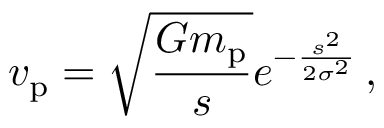
v _ { \mathrm { p } } = \sqrt { \frac { G m _ { \mathrm { p } } } { s } } e ^ { - \frac { s ^ { 2 } } { 2 \sigma ^ { 2 } } } \, ,